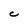
Character: C